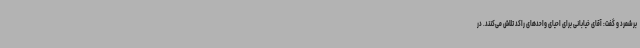
برشمرد و گفت: آقای خیابانی برای احیای واحدهای راکد تلاش می‌کنند. در